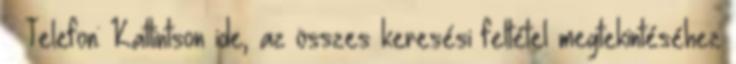
Telefon: Kattintson ide, az összes keresési feltétel megtekintéséhez